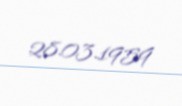
28.03.1959